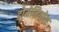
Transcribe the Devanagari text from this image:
डोमेनिकोस